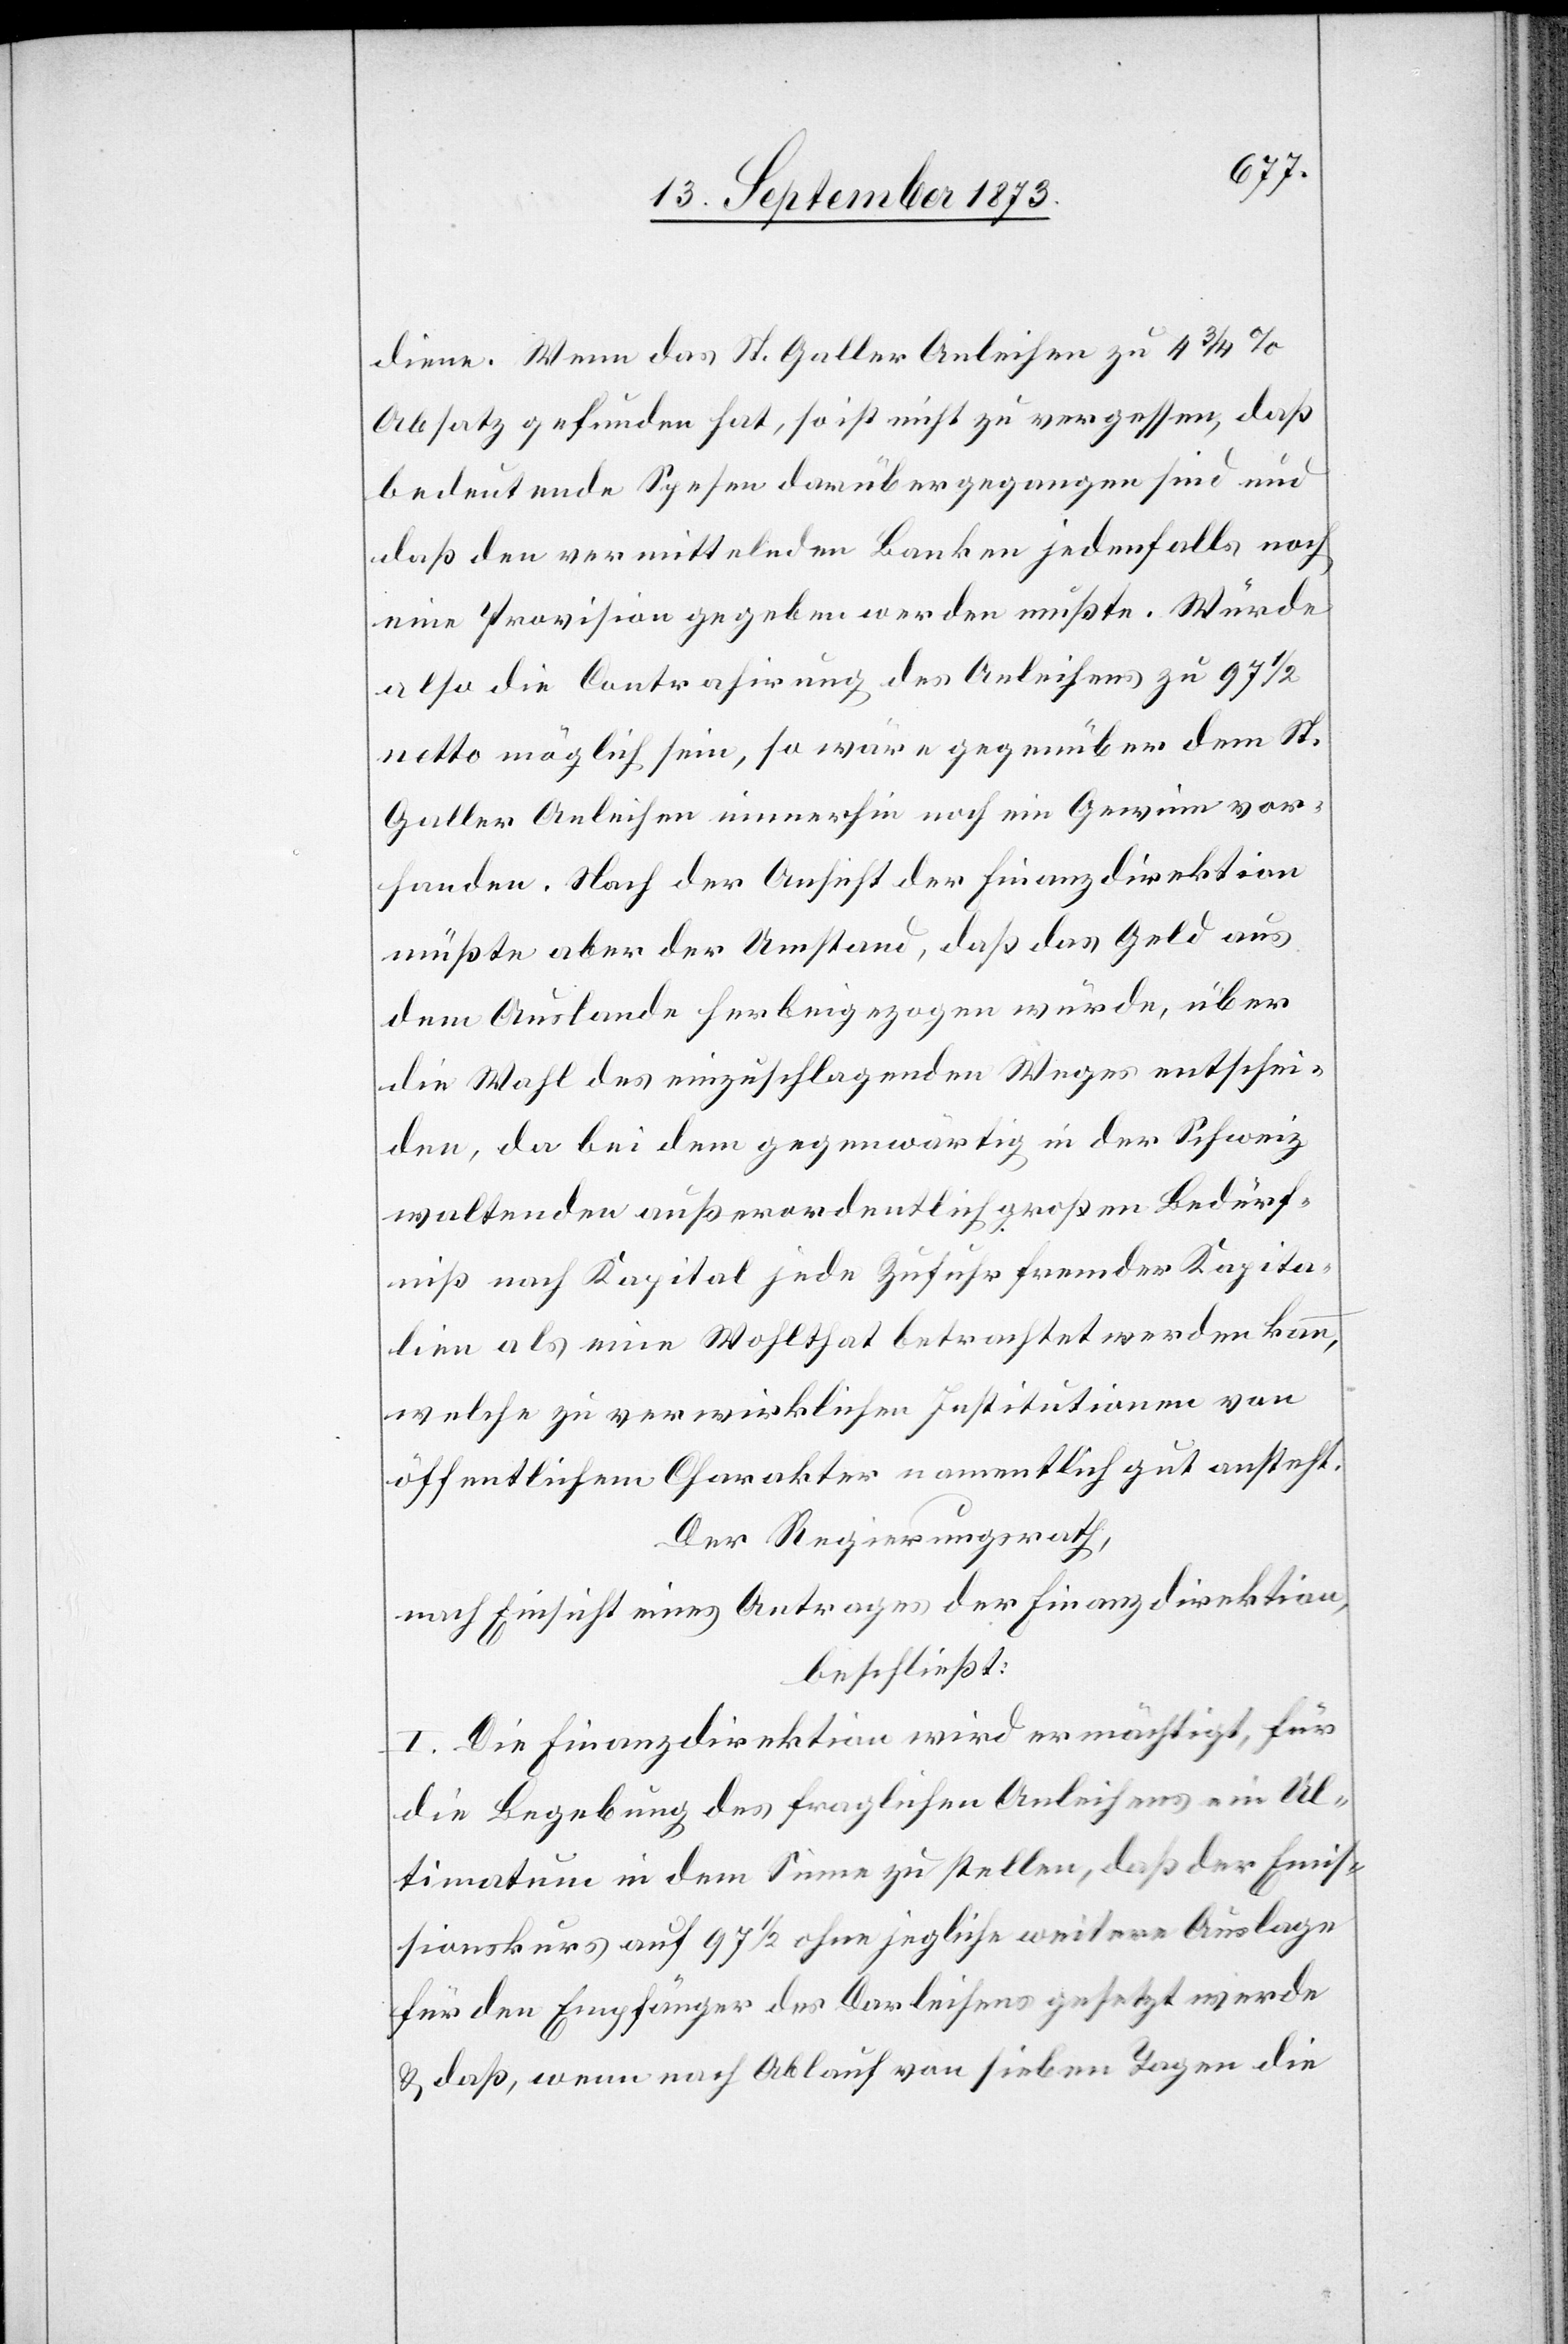
diene. Wenn das St. Galler Anleihen zu 4 3/4%
Absatz gefunden hat, so ist nicht zu vergessen, daß
bedeutende Spesen darüber gegangen sind und
daß den vermittelnden Banken jedenfalls noch
eine Provision gegeben werden mußte. Würde
also die Contrahirung des Anleihens zu 97 1/2
netto möglich sein, so wäre gegenüber dem St.
Galler Anleihen immerhin noch ein Gewinn vor¬
handen. Nach der Ansicht der Finanzdirektion
müßte aber der Umstand, daß das Geld aus
dem Auslande herbeigezogen würde, über
die Wahl des einzuschlagenden Weges entschei¬
den, da bei dem gegenwärtig in der Schweiz
waltenden außerordentlich großen Bedürf¬
niß nach Kapital jede Zufuhr fremder Kapita¬
lien als eine Wohlthat betrachtet werden kann,
welche zu verwirklichen Institutionen von
öffentlichem Charakter namentlich gut ansteht.
Der Regierungsrath,
nach Einsicht eines Antrages der Finanzdirektion,
beschließt:
I. Die Finanzdirektion wird ermächtigt, für
die Begebung des fraglichen Anleihens ein Ul¬
timatum in dem Sinne zu stellen, daß der Emis¬
sionskurs auf 97 1/2 ohne jegliche weitere Auslage
für den Empfänger des Darleihens gesetzt werde
& daß, wenn nach Ablauf von sieben Tagen die